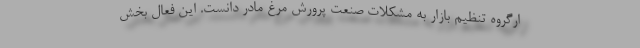
ارگروه تنظیم بازار به مشکلات صنعت پرورش مرغ مادر دانست. این فعال بخش